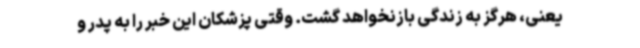
یعنی، هرگز به زندگی بازنخواهد گشت. وقتی پزشکان این خبر را به پدر و